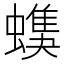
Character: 𧑦